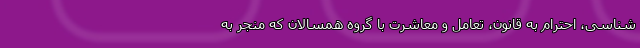
شناسی، احترام به قانون، تعامل و معاشرت با گروه همسالان که منجر به